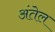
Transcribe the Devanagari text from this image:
अंतेल